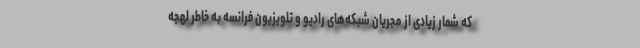
که شمار زیادی از مجریان شبکه‌های رادیو و تلویزیون فرانسه به خاطر لهجه‌